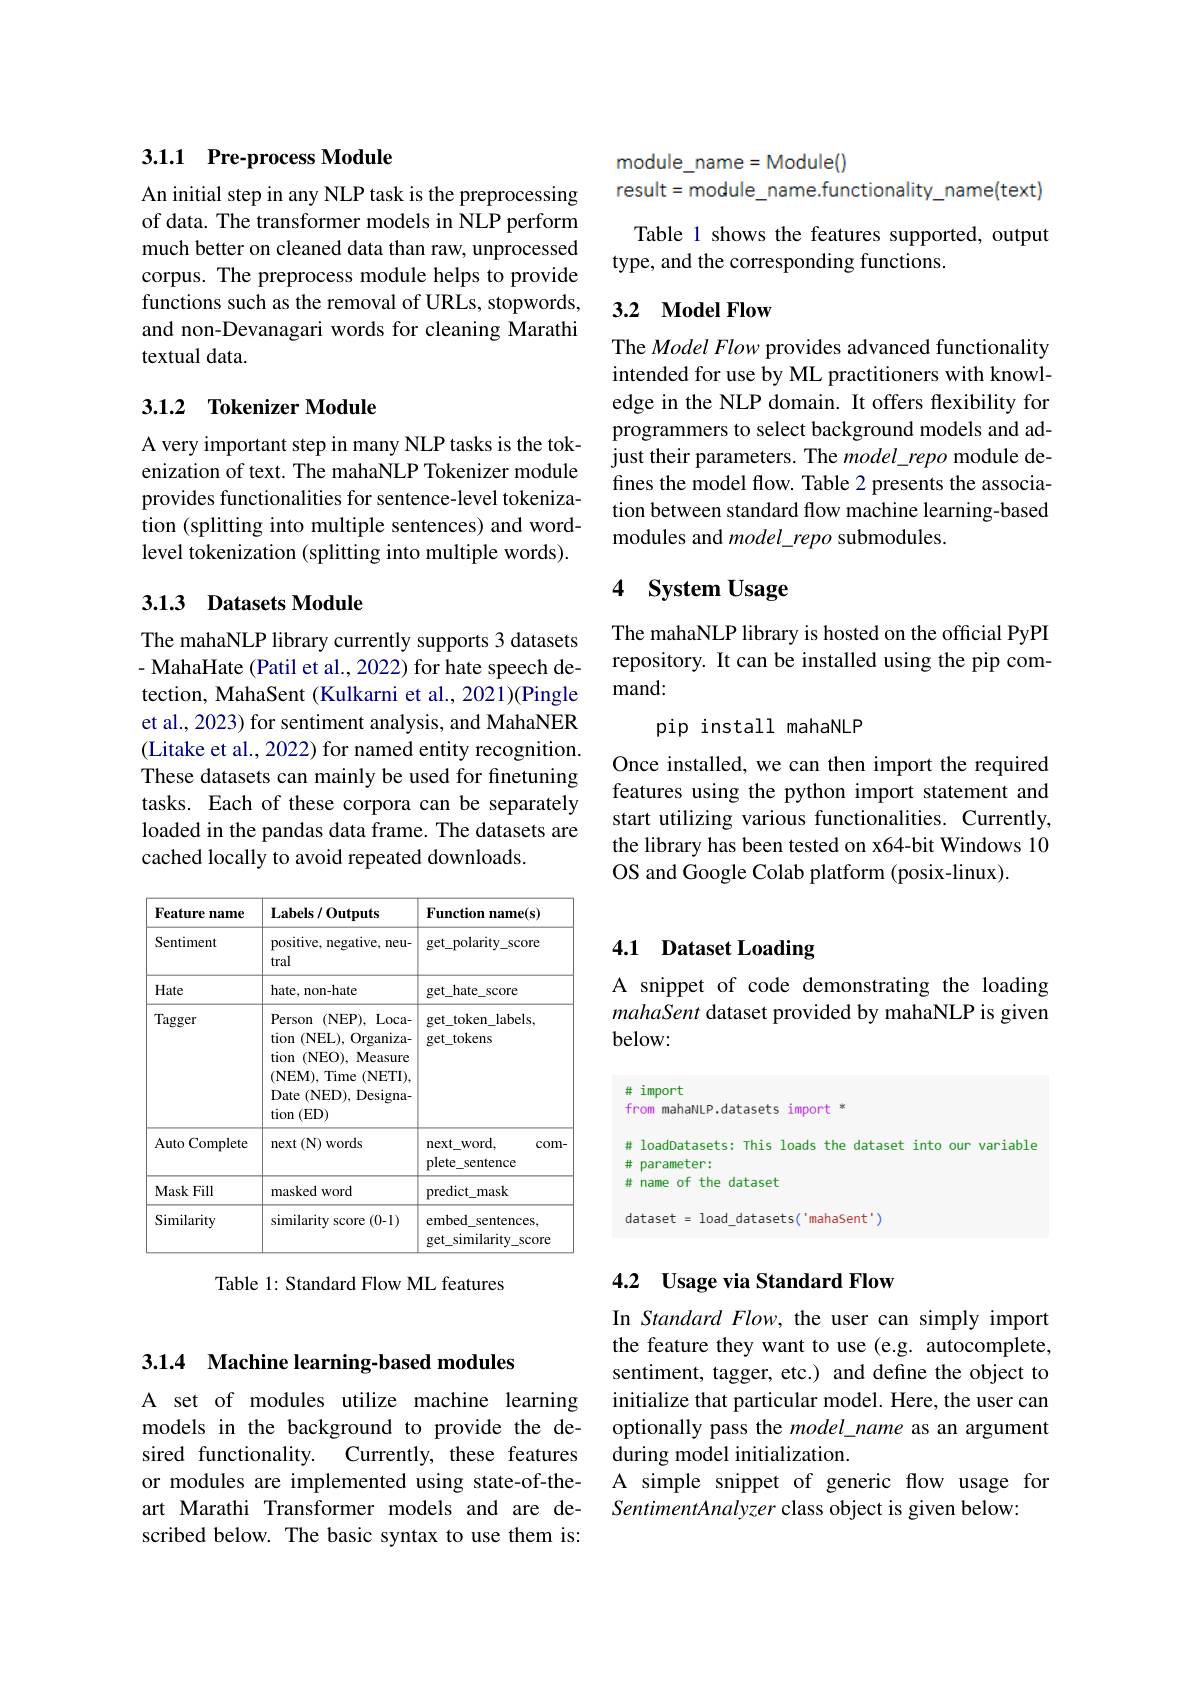
## 3.1.1 Pre-process Module

An initial step in any NLP task is the preprocessing of data. The transformer models in NLP perform much better on cleaned data than raw, unprocessed corpus. The preprocess module helps to provide functions such as the removal of URLs, stopwords, and non-Devanagari words for cleaning Marathi textual data.

## 3.1.2 Tokenizer Module

A very important step in many NLP tasks is the tokenization of text. The mahaNLP Tokenizer module provides functionalities for sentence-level tokenization (splitting into multiple sentences) and wordlevel tokenization (splitting into multiple words).

### 3.1.3 Datasets Module

The mahaNLP library currently supports 3 datasets - MahaHate (Patil et al., 2022) for hate speech detection, MahaSent (Kulkarni et al., 2021)(Pingle et al., 2023) for sentiment analysis, and MahaNER (Litake et al., 2022) for named entity recognition. These datasets can mainly be used for finetuning tasks. Each of these corpora can be separately loaded in the pandas data frame. The datasets are cached locally to avoid repeated downloads

<table>
	<tbody>
		<tr>
			<th>Feature name</th>
			<th>$\mathbf{Labels}/0$utputs</th>
			<th>Function $\textbf{nam}$</th>
			<th>Function name(s)</th>
		</tr>
		<tr>
			<td>Sentiment</td>
			<td>positive, negative, neu- tral</td>
			<td>get$\_$polarity$\_$sc</td>
			<td>get$\_$polarity$\_$score</td>
		</tr>
		<tr>
			<td>Hate</td>
			<td>hate, non-hate</td>
			<td>hate. get </td>
			<td>get\_hate\_score</td>
		</tr>
		<tr>
			<td>Tagger</td>
			<td>$\mathbf{1}A$ 11 Person (NEP), $Loca-$ tion $\mathbf{1}($NEL),Organiza- tion (NEO), Measure (NEM),Time (NETI), Date (NED), Designa- tion (ED)</td>
			<td>$b^{\mathrm{vr}}$ 一一 get\_token\_labe get\_tokens</td>
			<td>$b^{01}-1000-6$ '- get$\_$token$\_$labels, get\_tokens</td>
		</tr>
		<tr>
			<td>Auto Complete 11</td>
			<td>next $(\mathbf{N})$ words T </td>
			<td>next word, $\frac{1}{2}=\frac{1}{2}$ $plete\_s$ sentence</td>
			<td>next\_word, com- plete\_sentence</td>
		</tr>
		<tr>
			<td>Mask Fill</td>
			<td>masked word</td>
			<td>mask predict</td>
			<td>predict mask</td>
		</tr>
		<tr>
			<td>Similarity</td>
			<td>similarity score (0-1)</td>
			<td>embed senten similarity get</td>
			<td>embed s sentences similarity similarity get s SCOre</td>
		</tr>
	</tbody>
</table>

Table 1: Standard Flow ML features

module\_name=Module()
result=module\_name.functionality\_name(text)

Table 1 shows the features supported, output
type, and the corresponding functions.

## 3.2 Model Flow

The Model Flow provides advanced functionality intended for use by ML practitioners with knowledge in the NLP domain. It offers flexibility for programmers to select background models and adjust their parameters. The $model\_repo$ module defines the model flow. Table 2 presents the association between standard flow machine learning-based modules and model\_repo submodules.

## 4 $\textbf{System Usage}$

The mahaNLP library is hosted on the official PyPI repository. It can be installed using the pip command:

pip install mahaNLP
Once installed, we can then import the required features using the python import statement and start utilizing various functionalities. Currently, the library has been tested on x64-bit Windows 10 OS and Google Colab platform (posix-linux).

## 4.1 Dataset Loading

A snippet of code demonstrating the loading mahaSent dataset provided by mahaNLP is given below:

# import
from mahaNLP.datasets import *
# loadDatasets: This loads the dataset into our variable
# parameter:
# name of the dataset
dataset = load\_datasets('mahasent')

## 4.2 Usage via Standard Flow

In Standard Flow, the user can simply import the feature they want to use (e.g. autocomplete, sentiment, tagger, etc.) and define the object to initialize that particular model. Here, the user can optionally pass the model\_name as an argument during model initialization.
A simple snippet of generic flow usage for
SentimentAnalyzer class object is given below:

3.1.4 Machine learning-based modules

A set of modules utilize machine learning models in the background to provide the desired functionality.
Currently, these features
or modules are implemented using state-of-theart Marathi Transformer models and are described below. The basic syntax to use them is: